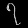
Digit: ၇